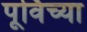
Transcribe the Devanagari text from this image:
पूर्विच्या